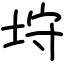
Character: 垨